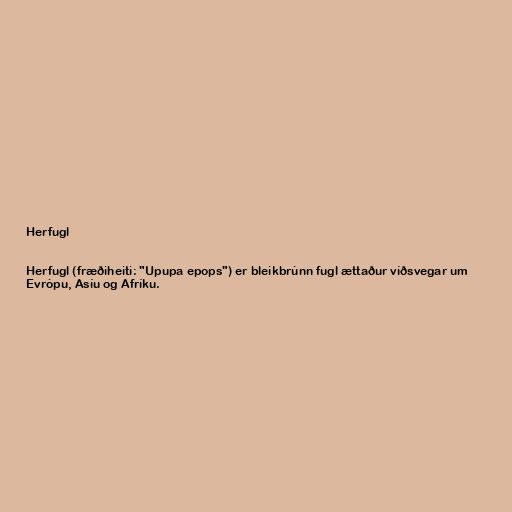
Herfugl

Herfugl (fræðiheiti: "Upupa epops") er bleikbrúnn fugl ættaður víðsvegar um
Evrópu, Asíu og Afríku.